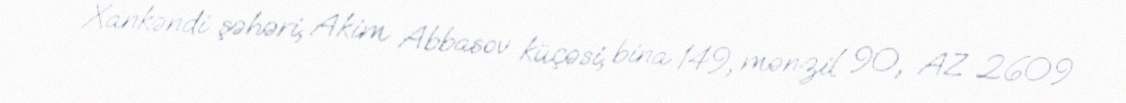
Xankəndi şəhəri, Akim Abbasov küçəsi, bina 149, mənzil 90, AZ 2609